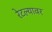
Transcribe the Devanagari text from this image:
रेटल्यावर